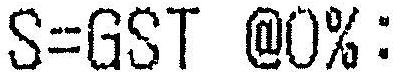
S=GST @0%: